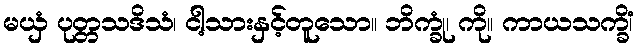
မယှံ ပုတ္တသဒိသံ၊ ငါ့သားနှင့်တူသော။ ဘိက္ခုံ၊ ကို။ ကာယသက္ခိံ၊